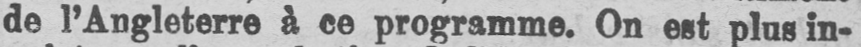
de l’Angleterre à ce programme. On est plus in-